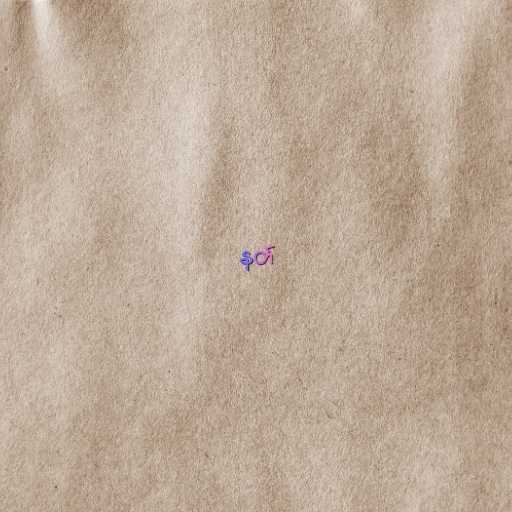
နတ်